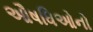
ઔષધિઓનો